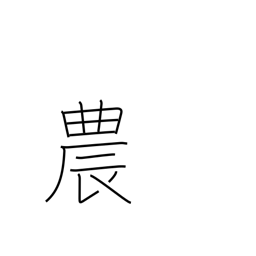
Meaning: agriculture